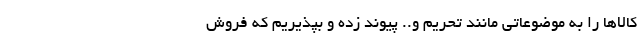
کالاها را به موضوعاتی مانند تحریم و.. پیوند زده و بپذیریم که فروش